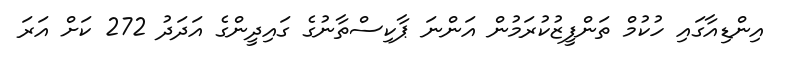
އިންޑިއާގައި ހުކުމް ތަންފީޒުކުރަމުން އަންނަ ޕާކިސްތާނުގެ ގައިދީންގެ އަދަދު 272 ކަށް އަރަ